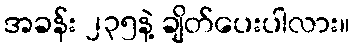
အခန်း ၂၃၅နဲ့ ချိတ်ပေးပါလား။